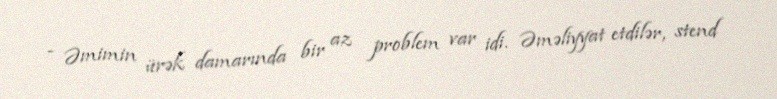
- Əmimin ürək damarında bir az problem var idi. Əməliyyat etdilər, stend